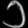
Digit: ၁